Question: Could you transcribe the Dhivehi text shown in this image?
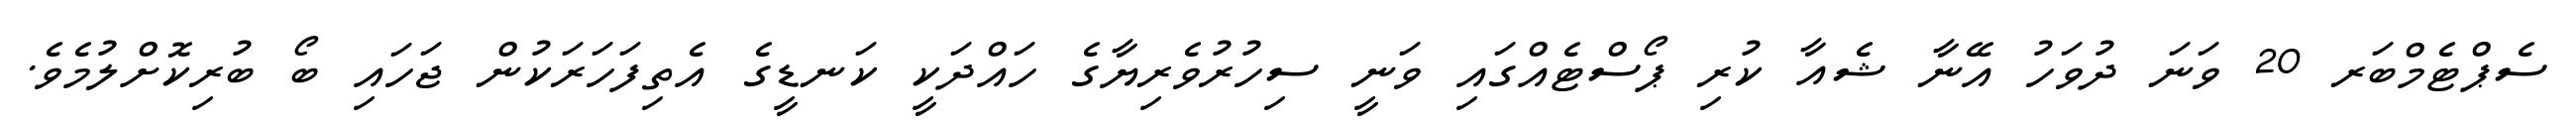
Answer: ސެޕްޓެމްބަރ 20 ވަނަ ދުވަހު އޭނާ ޝެއާ ކުރި ޕޯސްޓެއްގައި ވަނީ ސިހުރުވެރިޔާގެ ހައްދަކީ ކަނޑީގެ އެތިފަހަރަކުން ޖަހައި ބޯ ބުރިކޮށްލުމެވެ.